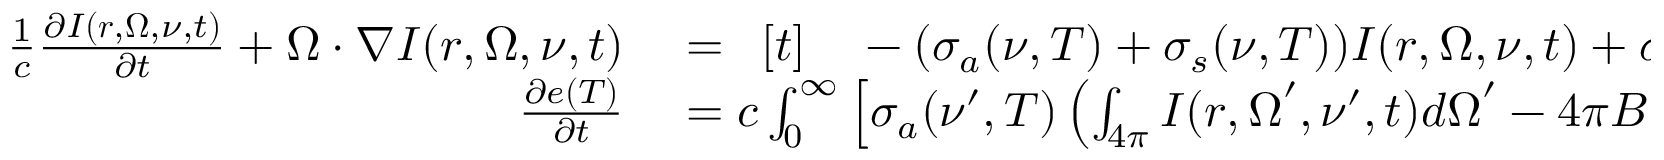
\begin{array} { r l } { \frac { 1 } { c } \frac { \partial I ( \boldsymbol { r } , \boldsymbol { \Omega } , \nu , t ) } { \partial t } + \boldsymbol { \Omega \cdot \nabla } I ( \boldsymbol { r } , \boldsymbol { \Omega } , \nu , t ) } & { { } = \begin{array} { r l } { [ t ] } & { { } - ( \sigma _ { a } ( \nu , T ) + \sigma _ { s } ( \nu , T ) ) I ( \boldsymbol { r } , \boldsymbol { \Omega } , \nu , t ) + \sigma _ { a } ( \nu , T ) B ( \nu , T ) } \end{array} } \\ { \frac { \partial e ( T ) } { \partial t } } & { { } = c \int _ { 0 } ^ { \infty } \left[ \sigma _ { a } ( \nu ^ { \prime } , T ) \left( \int _ { 4 \pi } I ( \boldsymbol { r } , \boldsymbol { \Omega } ^ { \prime } , \nu ^ { \prime } , t ) \boldsymbol { d \Omega } ^ { \prime } - 4 \pi B ( \nu ^ { \prime } , T ) \right) d \nu ^ { \prime } \right] , } \end{array}